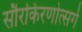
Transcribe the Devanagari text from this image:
सौरकिरणोत्सर्ग